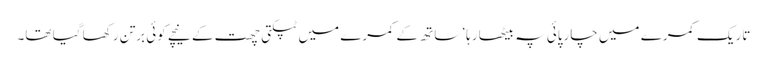
تاریک کمرے میں چارپائی پہ بیٹھا رہا‘ ساتھ کے کمرے میں ٹپکتی چھت کے نیچے کوئی برتن رکھا گیا تھا۔